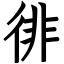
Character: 徘